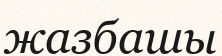
жазбашы